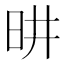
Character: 𪰉